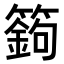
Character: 𥴴